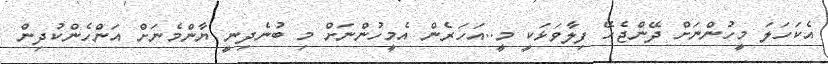
އެކަހަލަ މީހުންނަށް ދޭންޖެހޭ ފިލާވަޅަކީ މީ..އަހަރެން އެމީހުންނަށް މި ބުނެދިނީ ޔާންމެނަށް އަންހެންކުދިން